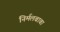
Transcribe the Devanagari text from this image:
निर्मलबाबा